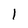
Character: 1